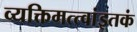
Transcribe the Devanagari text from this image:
व्यक्तिमत्त्वांइतकं